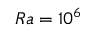
R a = 1 0 ^ { 6 }